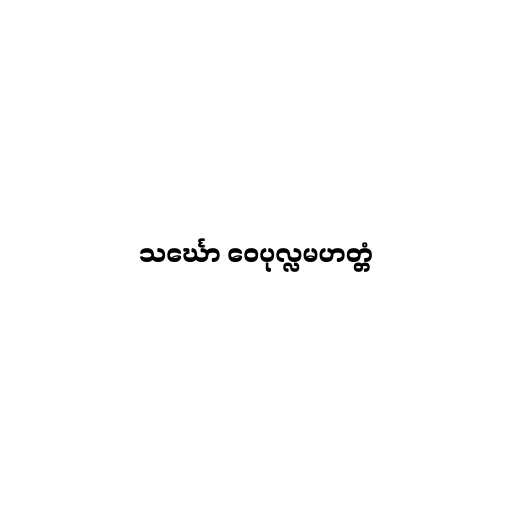
သင်္ဃော ဝေပုလ္လမဟတ္တံ